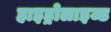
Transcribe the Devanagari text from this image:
हाइड्रोलाइज्ड